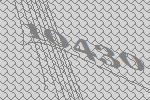
10430